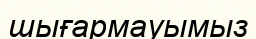
шығармауымыз